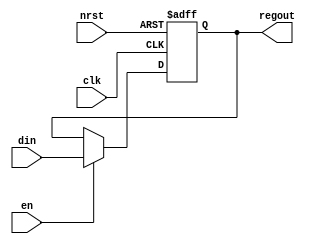
module regxb(nrst, clk, en, din, regout);
    parameter bits = 1;
    input nrst;
    input clk;
    input en;
    input [bits-1:0] din;
    output reg [bits-1:0] regout;
    always @(posedge clk or negedge nrst) begin
        if (~nrst) begin
            regout <= 0;
        end else if (en) begin
            regout <= din;
        end
    end
endmodule